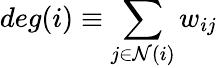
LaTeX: deg({i})\equiv\sum_{j\in\mathcal{N}(i)}w_{ij}